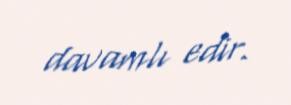
davamlı edir.